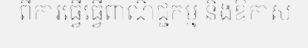
ពីការធ្វើធ្វើពាណិជ្ជកម្ម និងឱកាស